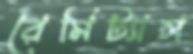
রেমিট্যান্স